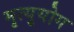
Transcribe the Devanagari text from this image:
मृत्युयोग